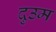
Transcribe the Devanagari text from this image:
दुउम